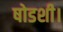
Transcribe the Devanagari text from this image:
षोडशी।